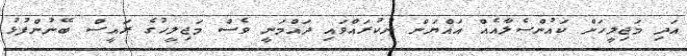
އަދި މަޖިލީހަށް ކައުންސެލާއެއް އައްޔަން ނުކުރައްވައި ދައްމަނީ ވެސް މަޖިލީހުގެ ރައީސް ބޭނުންފުޅު